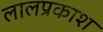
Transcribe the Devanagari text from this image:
लालप्रकाश